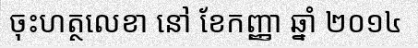
ចុះហត្ថលេខា នៅ ខែកញ្ញា ឆ្នាំ ២០១៤